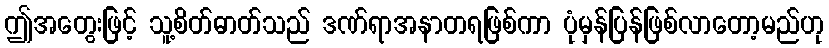
ဤအတွေးဖြင့် သူ့စိတ်ဓာတ်သည် ဒဏ်ရာအနာတရဖြစ်ကာ ပုံမှန်ပြန်ဖြစ်လာတော့မည်ဟု